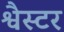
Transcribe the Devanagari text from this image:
श्वैस्टर